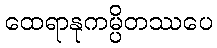
ထေရာနုကမ္ပိတဿပေ